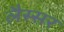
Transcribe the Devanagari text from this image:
लैस्सर